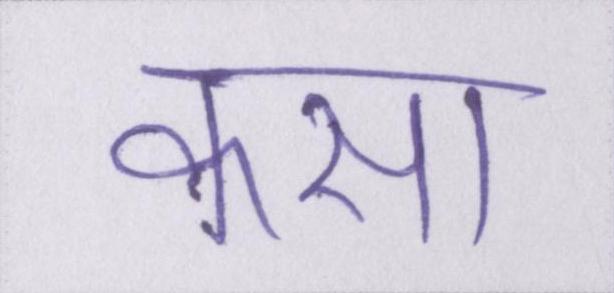
कसा